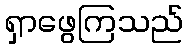
ရှာဖွေကြသည်